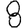
Digit: 8